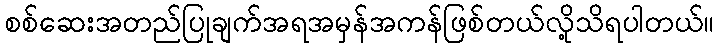
စစ်ဆေးအတည်ပြုချက်အရအမှန်အကန်ဖြစ်တယ်လို့သိရပါတယ်။